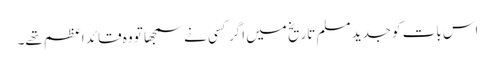
اس بات کوجدید مسلم تاریخ میں اگر کسی نے سمجھا تو وہ قائد اعظم تھے۔